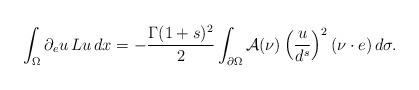
LaTeX: \begin{align*}\int_\Omega \partial_eu\,Lu\,dx=-\frac{\Gamma(1+s)^2}{2}\int_{\partial\Omega}\mathcal A(\nu)\left(\frac{u}{d^{s}}\right)^2(\nu\cdot e)\,d\sigma.\end{align*}